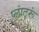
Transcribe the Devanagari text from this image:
प्लांटरूं